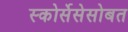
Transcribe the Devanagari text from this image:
स्कोर्सेसेसोबत